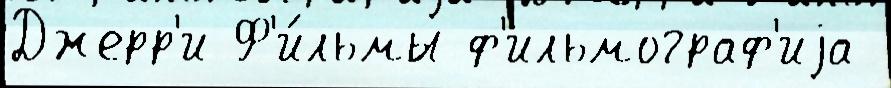
Джерр'и Ф'и́льмы ф'ильмограф'иjа